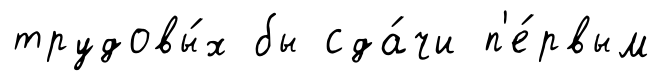
трудовы́х бы сда́чи п'е́рвым